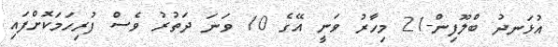
އުޅަނދު ބްލޫފިން-21 މިހާރު ވަނީ އޭގެ 10 ވަނަ ދަތުރު ވެސް ފުރިހަމަކޮށްފައި